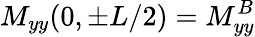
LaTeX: M_{yy}(0,\pm L/2)=M_{yy}^{B}